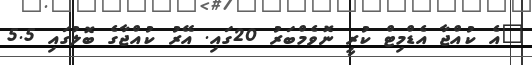
"އެ ކުއްޖާ އެޑްމިޓް ކުރީ ނޮވެމްބަރު 20ގައި. އޭރު ކުއްޖާގެ ބޮލުގައި 5.5